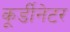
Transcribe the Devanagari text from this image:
कूर्डीनेटर